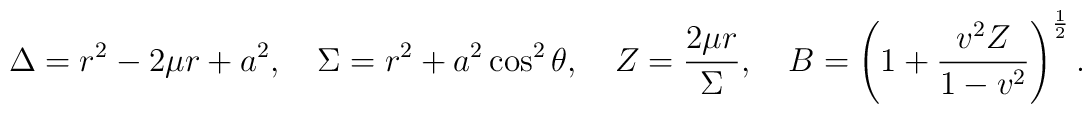
\Delta = r^2 - 2 \mu r + a^2 ,~~~\Sigma = r^2 + a^2 \cos^2 \theta,~~~Z = \frac{2 \mu r}{\Sigma},~~~B = \left( 1 + \frac{v^2 Z}{1 - v^2 } \right)^{\frac{1}{2}}.